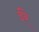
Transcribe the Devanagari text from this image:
ईरे